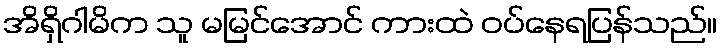
အိရှိဂါမိက သူ မမြင်အောင် ကားထဲ ဝပ်နေရပြန်သည်။